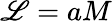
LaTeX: \mathscr{L}=aM